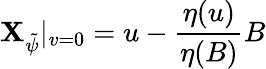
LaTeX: \mathbf{X}_{\tilde{{\psi}}}|_{v=0}=u-\frac{{\eta(u)}}{{\eta(B)}}B